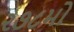
૨૭૮મો